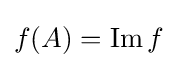
f(A)=\operatorname {Im} f